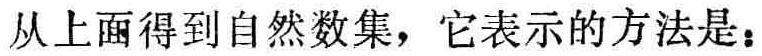
从上面得到自然数集，它表示的方法是：